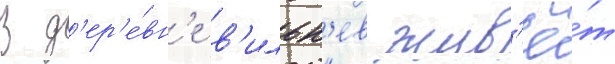
В д'ер'е́вн'е в'ильн'ев жив'ё́т